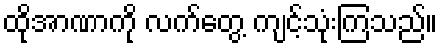
ထိုအာဏာကို လက်တွေ့ ကျင့်သုံးကြသည်။